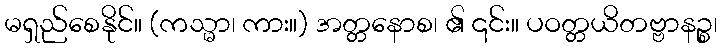
မရှည်စေနိုင်။ (ကသ္မာ၊ ကား။) အတ္တနောစ၊ ၏ ၎င်း။ ပဝတ္တယိတဗ္ဗာနဉ္စ၊